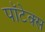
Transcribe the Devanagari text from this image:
पॉटेक्स